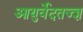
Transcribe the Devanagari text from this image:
आयुर्वेदतज्ज्ञ